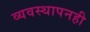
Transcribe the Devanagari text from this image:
व्यवस्थापनही